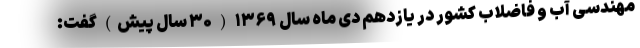
مهندسی آب و فاضلاب کشور در یازدهم دی ماه سال ۱۳۶۹ ( ۳۰ سال پیش) گفت: